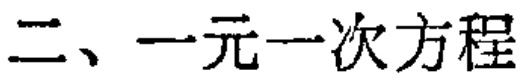
二、一元一次方程